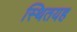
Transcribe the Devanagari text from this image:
स्थितयह